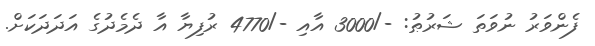
ފެންވަރު ނުވަތަ ޝަރުޠު: -/3000 އާއި -/4770 ރުފިޔާ އާ ދެމެދުގެ އަދަދަކަށް.